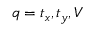
q = t _ { x } , t _ { y } , V